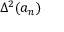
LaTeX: \Delta ^ { 2 } ( a _ { n } )